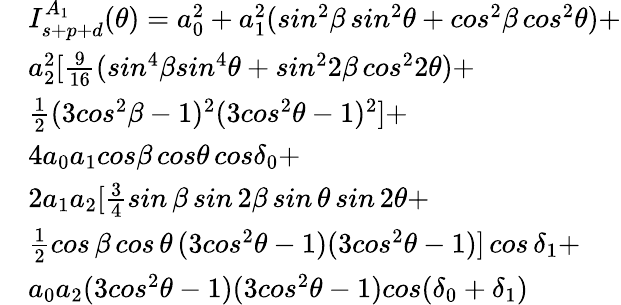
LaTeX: \begin{array}{rl}&{I_{s+p+d}^{A_{1}}(\theta)=a_{0}^{2}+a_{1}^{2}(sin^{2}\beta\, sin^{2}\theta+cos^{2}\beta\, cos^{2}\theta)+}\\ &{a_{2}^{2}[\frac{9}{16}(sin^{4}\beta sin^{4}\theta+sin^{2}2\beta\, cos^{2}2\theta)+}\\ &{\frac{1}{2}(3cos^{2}\beta-1)^{2}(3cos^{2}\theta-1)^{2}]+}\\ &{4a_{0}a_{1}cos\beta\, cos\theta\, cos\delta_{0}+}\\ &{2a_{1}a_{2}[\frac{3}{4}sin\, \beta\, sin\, 2\beta\, sin\, \theta\, sin\, 2\theta+}\\ &{\frac{1}{2}cos\, \beta\, cos\, \theta\, (3cos^{2}\theta-1)(3cos^{2}\theta-1)]\, cos\, \delta_{1}+}\\ &{a_{0}a_{2}(3cos^{2}\theta-1)(3cos^{2}\theta-1)cos(\delta_{0}+\delta_{1})}\end{array}